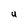
Character: U